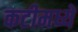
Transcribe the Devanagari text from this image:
कटीमध्ये